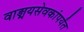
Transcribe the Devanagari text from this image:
वाङ्मयसेवकांपर्यंत